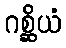
ဂစ္ဆိယံ